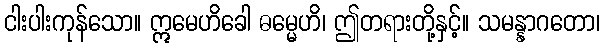
ငါးပါးကုန်သော။ ဣမေဟိခေါ ဓမ္မေဟိ၊ ဤတရားတို့နှင့်။ သမန္နာဂတော၊